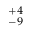
^ { + 4 } _ { - 9 }